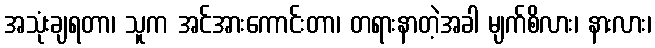
အသုံးချရတာ၊ သူက အင်အားကောင်းတာ၊ တရားနာတဲ့အခါ မျက်စိလား၊ နားလား၊